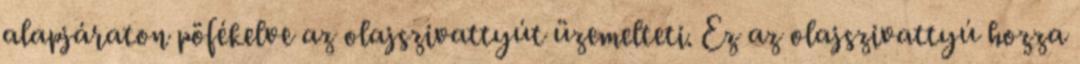
alapjáraton pöfékelve az olajszivattyút üzemelteti. Ez az olajszivattyú hozza